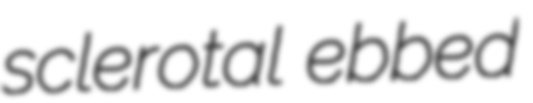
sclerotal ebbed